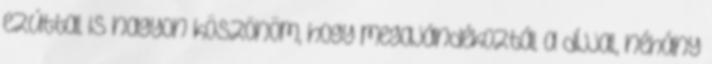
ezúttal is nagyon köszönöm, hogy megajándékoztál a dÍjjal, néhány